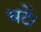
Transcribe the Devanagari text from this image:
घटें।